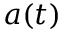
a ( t )